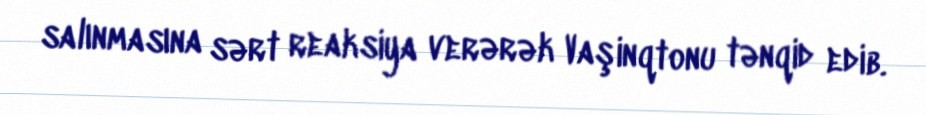
salınmasına sərt reaksiya verərək Vaşinqtonu tənqid edib.